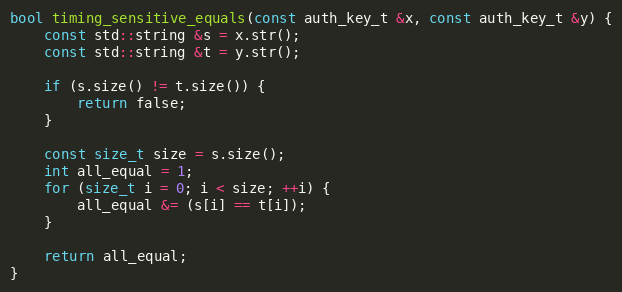
Language: C++
bool timing_sensitive_equals(const auth_key_t &x, const auth_key_t &y) {
    const std::string &s = x.str();
    const std::string &t = y.str();

    if (s.size() != t.size()) {
        return false;
    }

    const size_t size = s.size();
    int all_equal = 1;
    for (size_t i = 0; i < size; ++i) {
        all_equal &= (s[i] == t[i]);
    }

    return all_equal;
}